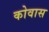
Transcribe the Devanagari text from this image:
कोवास